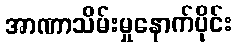
အာဏာသိမ်းမှုနောက်ပိုင်း